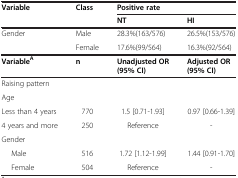
<table><thead><tr><td rowspan="2"><b>Variable</b></td><td rowspan="2"><b>Class</b></td><td colspan="2"><b>Positive rate</b></td></tr><tr><td><b>NT</b></td><td><b>HI</b></td></tr></thead><tbody><tr><td rowspan="2">Gender</td><td>Male</td><td>28.3%(163/576)</td><td>26.5%(153/576)</td></tr><tr><td>Female</td><td>17.6%(99/564)</td><td>16.3%(92/564)</td></tr><tr><td><b>Variable</b><sup><b>A</b></sup></td><td><b>n</b></td><td><b>Unadjusted OR (95% </b><b>CI)</b></td><td><b>Adjusted OR (95% </b><b>CI)</b></td></tr><tr><td>Raising pattern</td><td> </td><td> </td><td> </td></tr><tr><td>Age</td><td> </td><td> </td><td> </td></tr><tr><td>Less than 4 years</td><td>770</td><td>1.5 [0.71-1.93]</td><td>0.97 [0.66-1.39]</td></tr><tr><td>4 years and more</td><td>250</td><td>Reference</td><td>-</td></tr><tr><td>Gender</td><td> </td><td> </td><td> </td></tr><tr><td>Male</td><td>516</td><td>1.72 [1.12-1.99]</td><td>1.44 [0.91-1.70]</td></tr><tr><td>Female</td><td>504</td><td>Reference</td><td>-</td></tr></tbody></table>